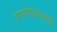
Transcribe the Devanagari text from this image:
परराष्ट्रउपमंत्री